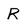
Character: R